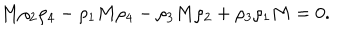
M \rho _ { 2 } \rho _ { 4 } - \rho _ { 1 } M \rho _ { 4 } - \rho _ { 3 } M \rho _ { 2 } + \rho _ { 3 } \rho _ { 1 } M = 0 .